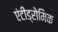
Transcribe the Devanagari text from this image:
एंटीड्रोमिक